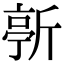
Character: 𣂳